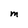
Character: M